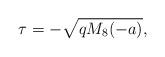
LaTeX: \begin{align*}\tau = -\sqrt{qM_8(-a)},\end{align*}